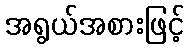
အရွယ်အစားဖြင့်